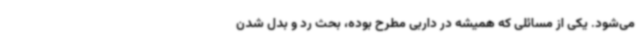
می‌شود. یکی از مسائلی که همیشه در داربی مطرح بوده، بحث رد و بدل شدن